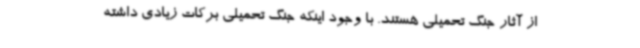
از آثار جنگ تحمیلی هستند. با وجود اینکه جنگ تحمیلی برکات زیادی داشته